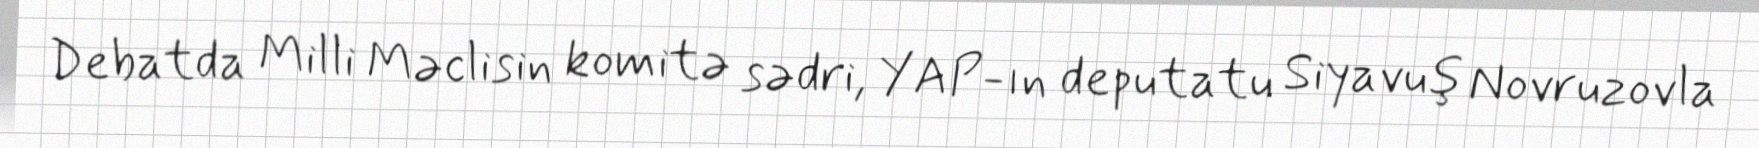
Debatda Milli Məclisin komitə sədri, YAP-ın deputatu Siyavuş Novruzovla